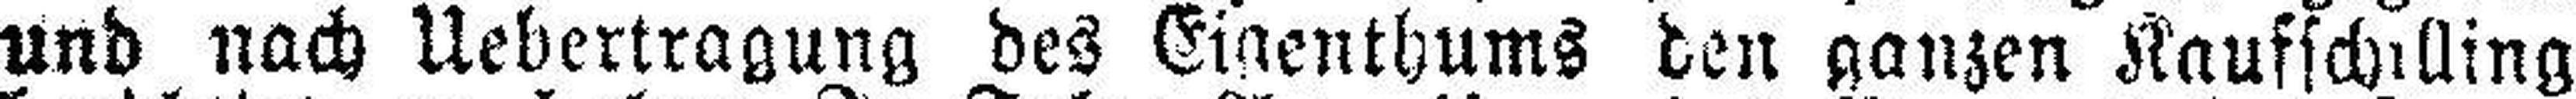
und nach Uebertragung des Eigenthums den ganzen Kaufschilling